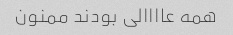
همه عاااالی بودند ممنون